画像に写った文字を読んでください
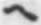
「ヘ」と書いてあります